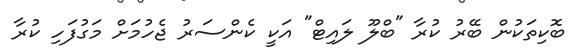
ބޮކިތަކުން ބޭރު ކުރާ "ބްލޫ ލައިޓް" އަކީ ކެންސަރު ޖެހުމަށް މަގުފަހި ކުރާ